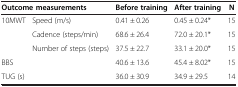
<table><thead><tr><td colspan="2"><b>Outcome measurements</b></td><td><b>Before training</b></td><td><b>After training</b></td><td><b>N</b></td></tr></thead><tbody><tr><td rowspan="3">10MWT</td><td>Speed (m/s)</td><td>0.41 ± 0.26</td><td>0.45 ± 0.24*</td><td>15</td></tr><tr><td>Cadence (steps/min)</td><td>68.6 ± 26.4</td><td>72.0 ± 20.1*</td><td>15</td></tr><tr><td>Number of steps (steps)</td><td>37.5 ± 22.7</td><td>33.1 ± 20.0*</td><td>15</td></tr><tr><td colspan="2">BBS</td><td>40.6 ± 13.6</td><td>45.4 ± 8.02*</td><td>15</td></tr><tr><td colspan="2">TUG (s)</td><td>36.0 ± 30.9</td><td>34.9 ± 29.5</td><td>14</td></tr></tbody></table>